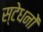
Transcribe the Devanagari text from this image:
स्टेधनों